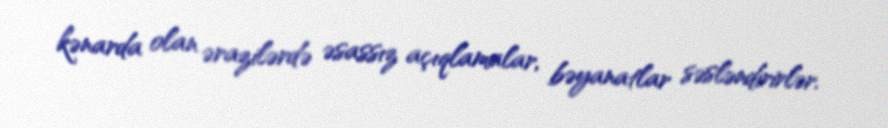
kənarda olan ərazilərdə əsassız açıqlamalar, bəyanatlar səsləndirirlər.